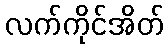
လက်ကိုင်အိတ်